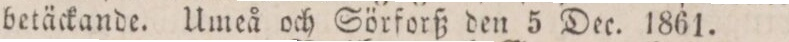
betäckande. Umeå och Sörforß den 5 Dec. 1861.